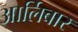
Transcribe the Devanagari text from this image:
आर्लिबार